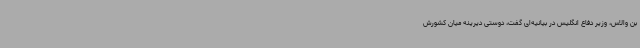
بن والاس، وزیر دفاع انگلیس در بیانیه‌ای گفت، دوستی دیرینه میان کشورش